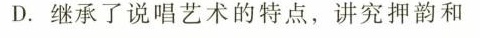
D.继承了说唱艺术的特点，讲究押韵和